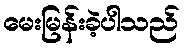
မေးမြန်းခဲ့ပါသည်